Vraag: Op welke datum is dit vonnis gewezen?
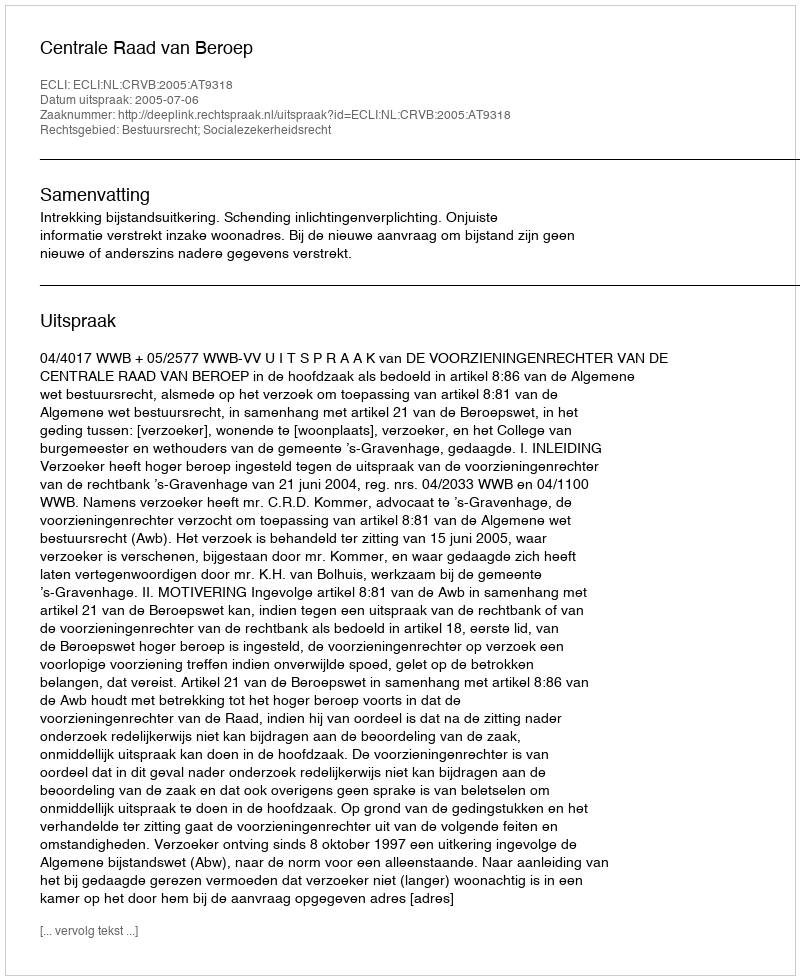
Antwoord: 2005-07-06